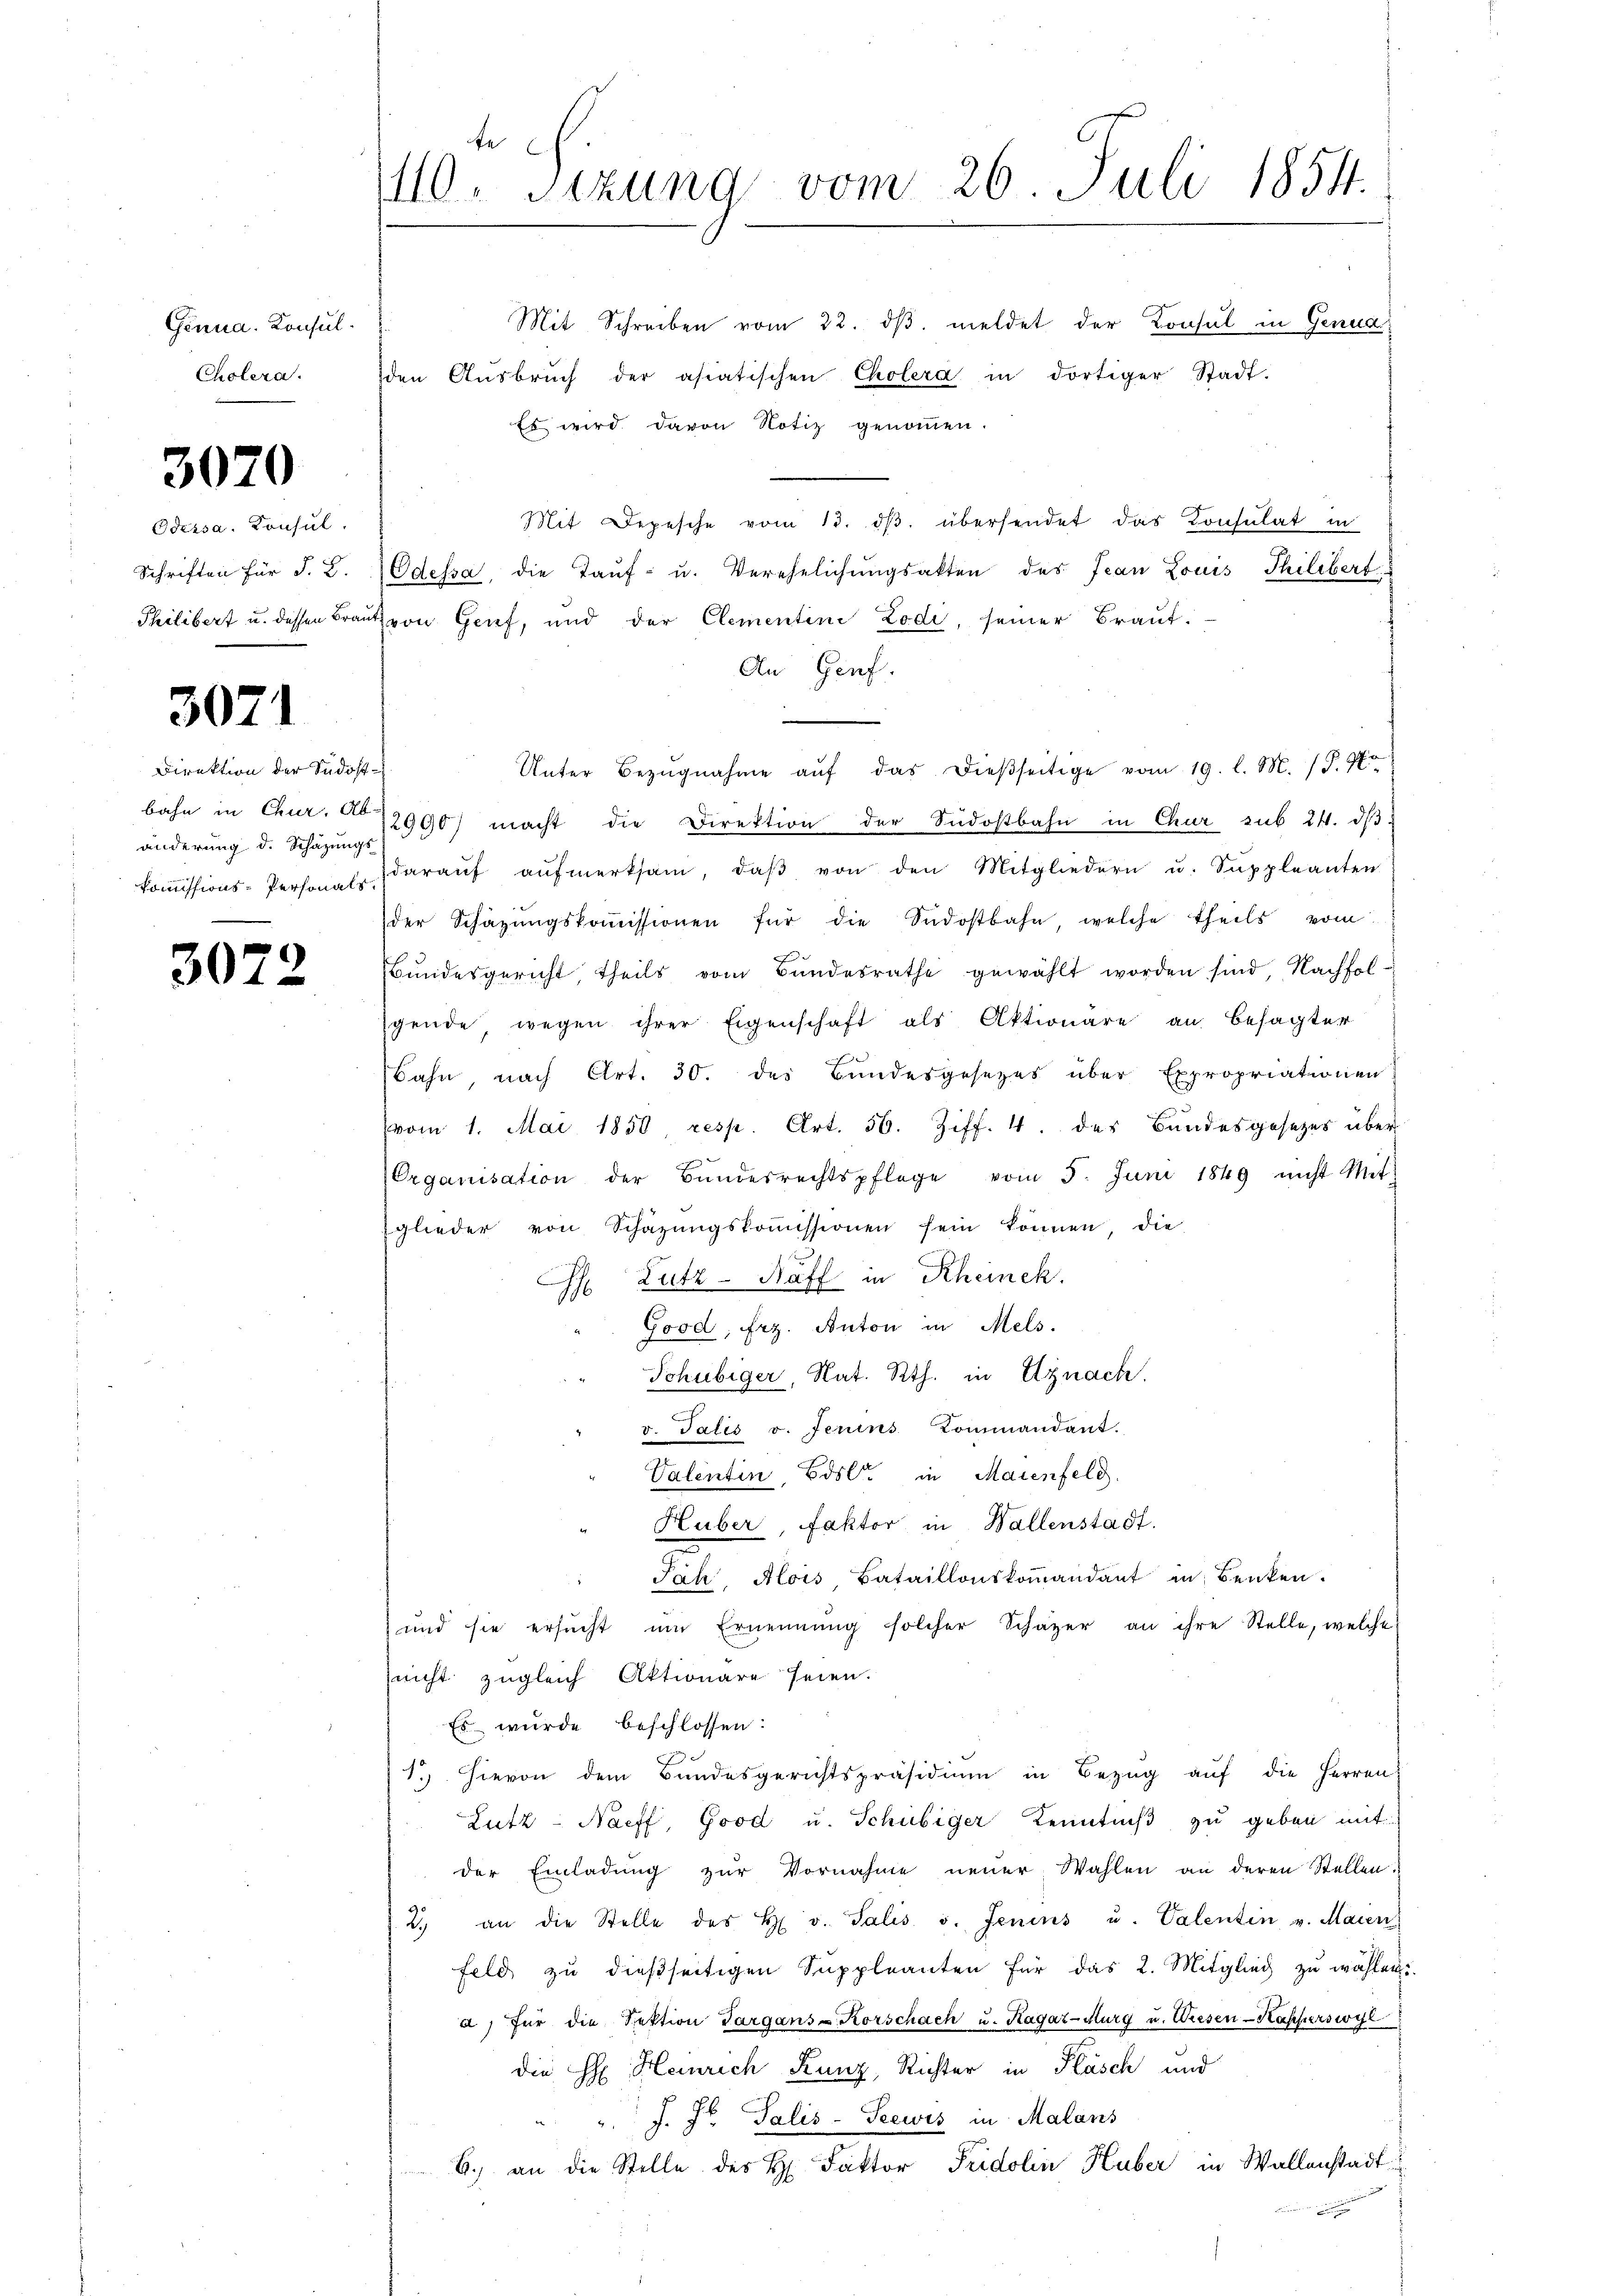
Genua, Konsul¬
Cholera.

3070

Odessa. Konsul.
Schriften für J. L.
Philibert u. dessen Brau

3071

Direktion der Südost
bahn in Chur. Ab
änderung d. Schazungs
Kommissions-Personals

3072

te
40. sizung vom 26. Juli 1854.

Mit Schreiben vom 22. dβ meldet der Konsul in Genua
den Ausbruch der asiatischen Cholera in dortiger Stadt-
Es wird davon Notiz genommen.
Mit Depesche vom 13. dβ. übersendet das Konsulat in
Odessa, die Tauf- u. Verehelichungsakten des Jean Louis Thilibert
von Genf, und der Clementini Zodi, seiner Braut.
An Genf.
Unter Bezŭgnahme aŭf das dieβseitige vom 19. l. M. J. Po
s
2990) macht die Direktion der Südostbahn in Chur sub 24. dβ
daraŭf aŭfmerksam, daβ von den Mitgliedern u. Suppleanten
der Schäzŭngskoṁissionen für die Südostbahn welche theils vom
Bŭndesgericht theils vom Bŭndesrathe gewählt worden sind, Nachfol-
gende wegen ihrer Eigenschaft als Aktionäre an besagter
Bahn nach Art. 30. des Bundesgesetzes über Expropriationen:
vom 1. Mai 1850 resp. Art. 56. Ziff. 4. des Bandesgesetzes über
Organisation der Bŭndesrechtspflege vom 5. Juni 1849 nicht Mit-
glieder von Schazungskoṁissionen sein können, die
 Lutz-Haff in Rheinek.
Good, frz. Anton in Mels.
Schubiger, Nat. Rth. in Uznach.
v. Talis v. Jenins Kommandant.
Valentin, Basl. in Maienfeld.
Huber, faktor in Wallenstadt.
Jah, Alois Bataillonskommandant in Benken.
und sie ersŭcht ŭm Ernennung solcher Schazer an ihre Stelle, welche
(nicht zugleich Aktionäre seien.
Es wurde beschlossen:
1.) Hievon dem Bundesgerichtspräsidium in Bezug auf die Herren
Lutz - Naeff, Good u. Schubiger Kenntniß zu geben mit
der Einladung zur Vornahme neuer Wahlen an deren Stellen:
2. an die Stelle des H. v. Talis v. Jenins u. Valentin u. Maien
feld zu dießseitigen Suppleanten für das 2. Mitglied zu wählen.
a) für die Sektion Targans-Korschach u. Kagaz Murg u. Wiesen-Kapperswyl
die H: Heinrich Kunz, Richter in Flasch und
 J. F. Salis-Seewis in Malans
B.) an die Stelle des H. Faktor Fridolin Huber in Wallenstadt
e